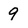
Character: 9